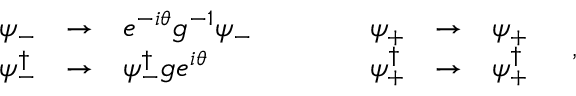
\begin{array} { r c l c r c l } { { \psi _ { - } } } & { { \rightarrow } } & { { e ^ { - i \theta } g ^ { - 1 } \psi _ { - } } } & { { \quad \quad } } & { { \psi _ { + } } } & { { \rightarrow } } & { { \psi _ { + } \nonumber } } \\ { { \psi _ { - } ^ { \dagger } } } & { { \rightarrow } } & { { \psi _ { - } ^ { \dagger } g e ^ { i \theta } } } & { { \quad \quad } } & { { \psi _ { + } ^ { \dagger } } } & { { \rightarrow } } & { { \psi _ { + } ^ { \dagger } } } \end{array} \quad ,